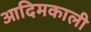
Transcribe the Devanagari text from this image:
आदिमकाली